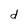
Character: d